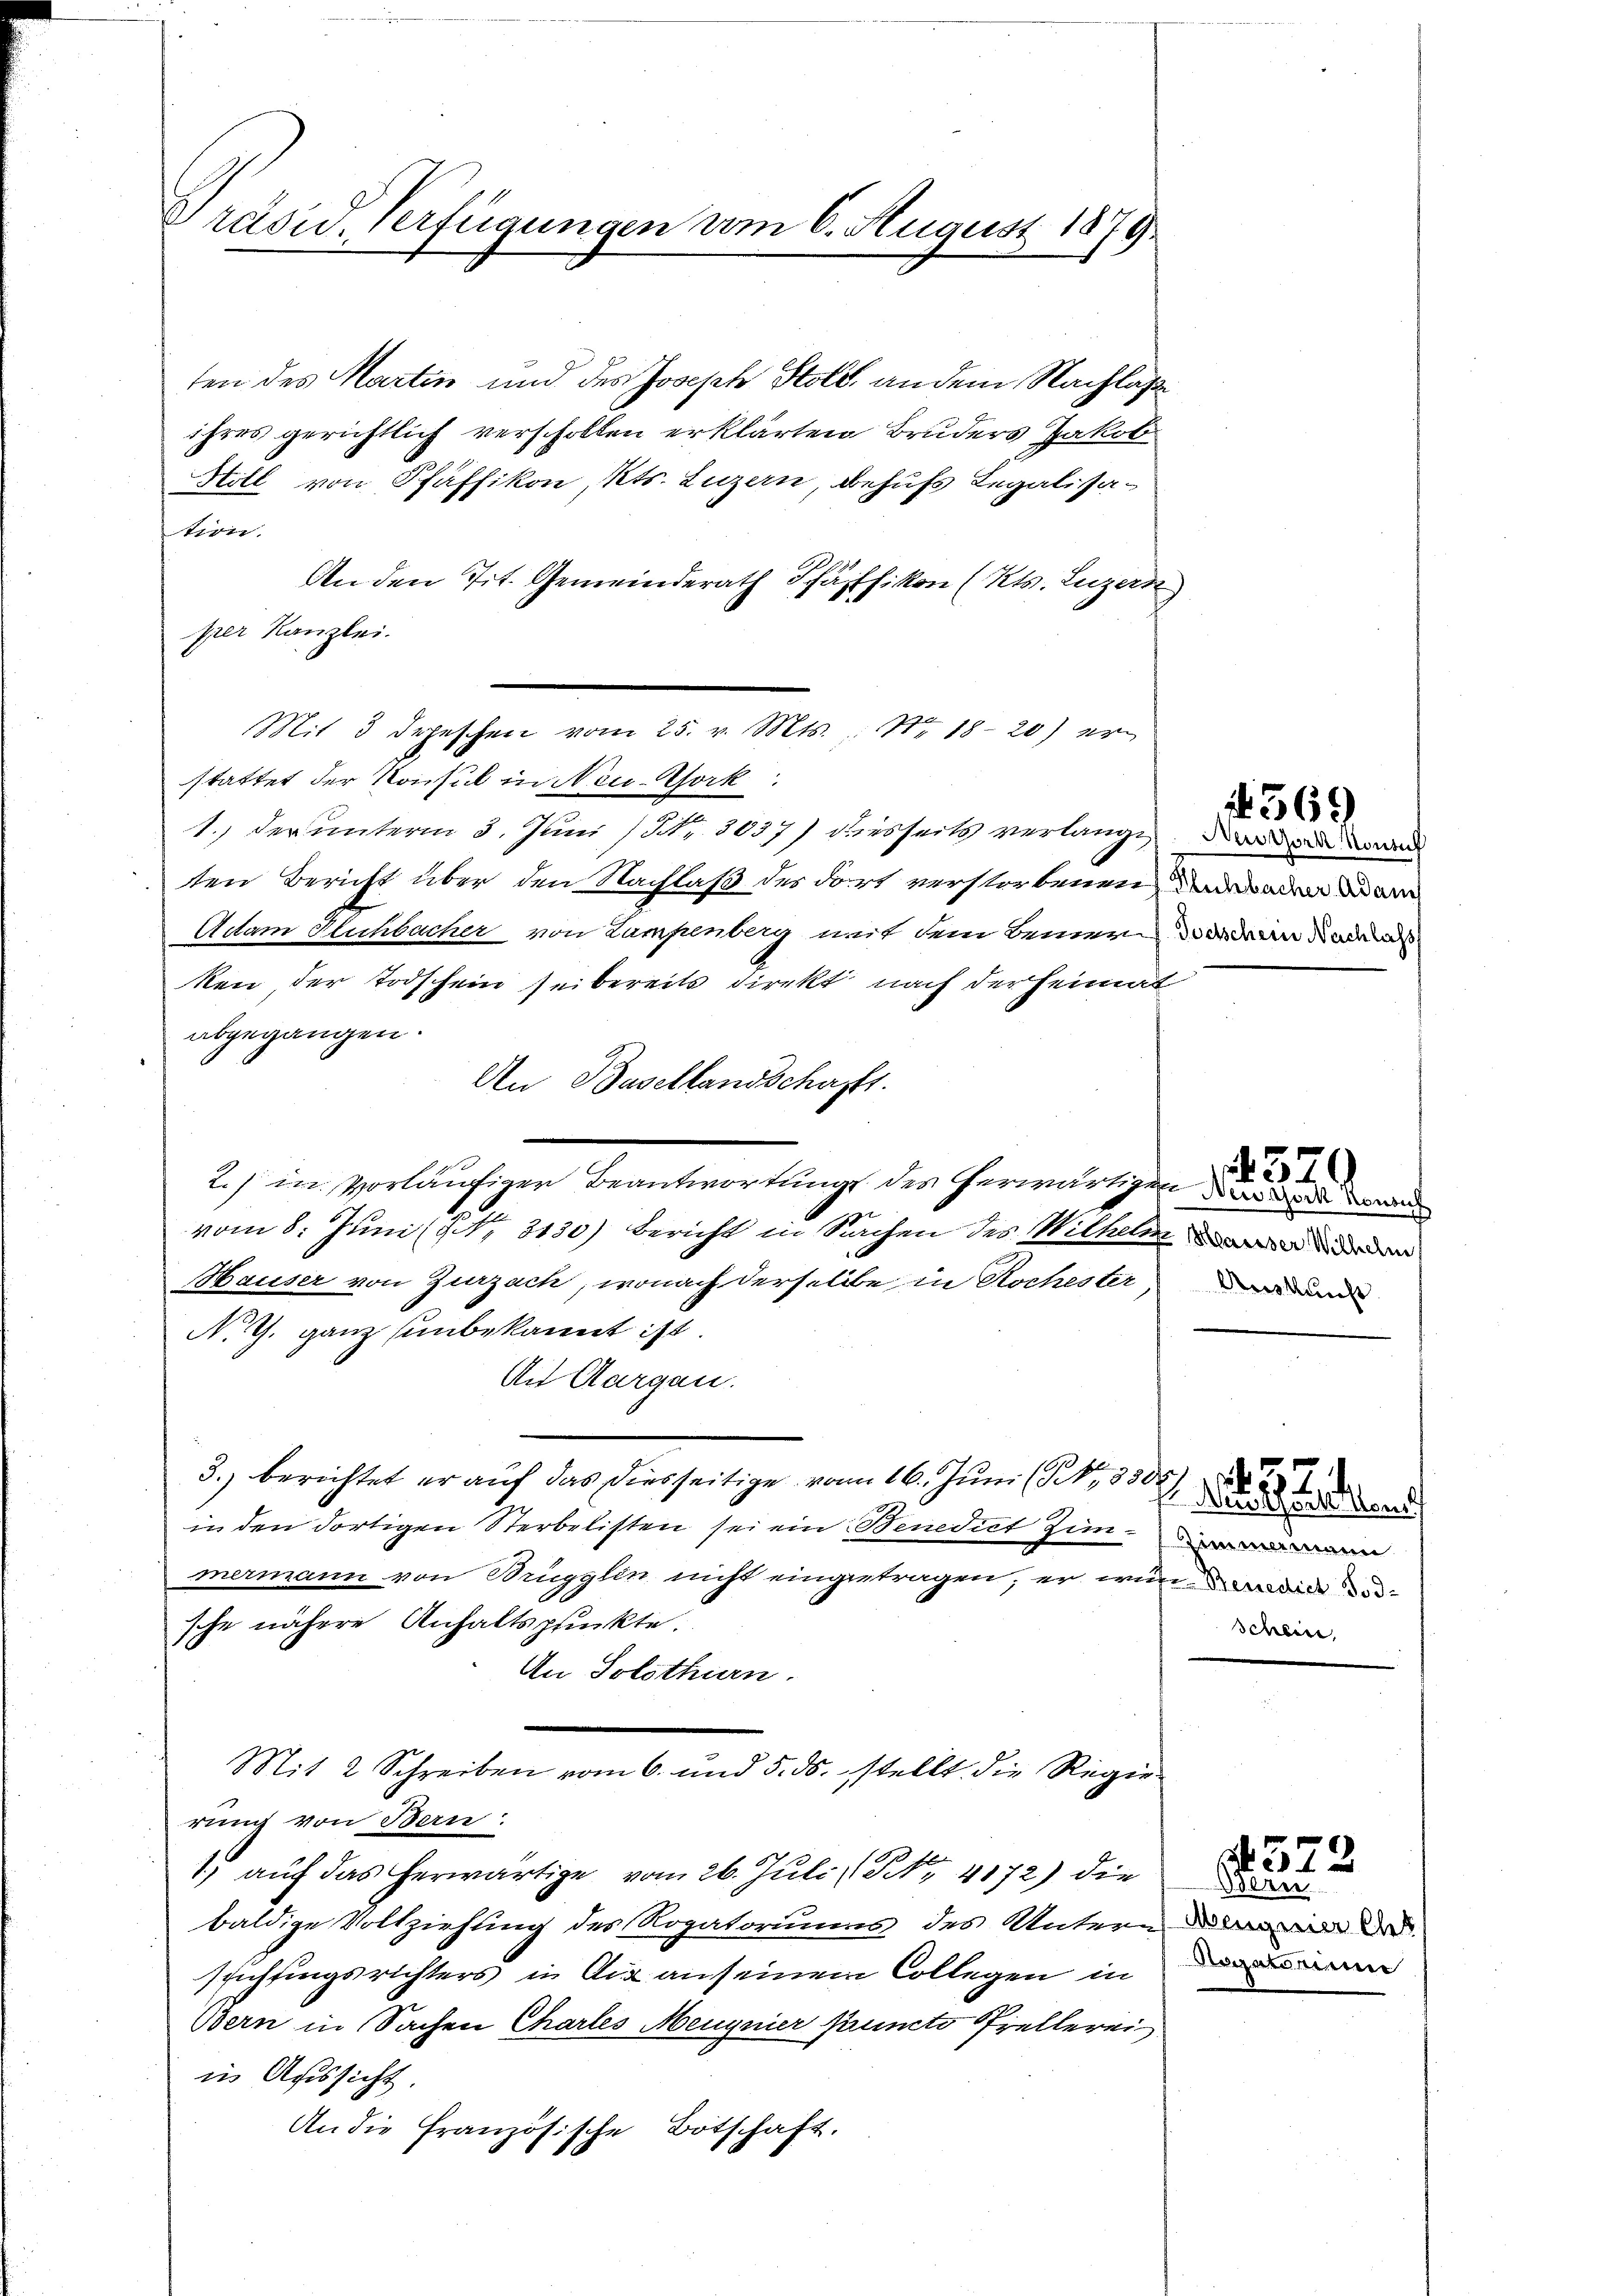
Präsid. Verfügungen vom 6. August 1879

ten des Martin und des Joseph Stold, an dem Nachlag
ihres gerichtlich verscholten erklärten Bruders Jakob
Holl von Pfäffikon, Kts. Luzern, behufs Legalisation.
An den Tit. Gemeinderath Pfäffikon (Kts. Luzern
prer Kanzlei.
1.) Der unterm 3. Juni / Nr. 3037) diesseits verlangt
ten Bericht über den Nachlaß des dort verstorbenen
Actam Plichbacher von Lampenberg mit dem Bemerken der Todschein sei bereits direkt nach der Heimat
abgegangen.
An Basellandschafft.
2.) in vorläufiger Beantwortung des herwärtige
vom 8. Juni (§ 3130) Bericht in Sachen des Wilhelm
Hauser von Zurzach, wonach derselbe in Rochester
No G. ganz unbekannt ist.
An Aargau.
3.) berichtet er auf das diesseitige vom 16. Juni (S. 3300
in den dortigen Sterbelisten sei ein Benedict zim-
mermann von Brugglin nicht eingetragen, er wird
sche nähere Anhaltspunkte.
An Solothurn.
Mit 2. Schreiben vom 6. und 5. ds. stellt die Regen
rung von Bern:
1) auf das herwärtige vom 26. Juli 19. 4172) die
baldige Vollziehung des Rogatoriums des Untern die de
srichtungsrichters in Aix anseinem Collegen in
Bern in Sachen Chartes Meugnier Jauncto Spiellerei
in Aussicht.
An die Französische Botschaft,

Mit 3 Depeschen vom 25. v. Mts., Nr. 18-20) er
stattet der Konsul in Neu-Afork.

Kechbacher Adam
Jochschein Nachlass

569
Nuszzork Konsul

2 Maraser Wilhelm
Auskunft.

370
? Neidsork Konsuch

Aetheilten
Schein,

Wern
Segatoriu

4572